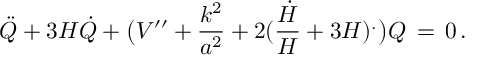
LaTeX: { \ddot { Q } } + 3 H { \dot { Q } } + \bigl ( V ^ { \prime \prime } + { \frac { k ^ { 2 } } { a ^ { 2 } } } + 2 ( { \frac { \dot { H } } { H } } + 3 H ) ^ { . } \bigr ) Q \, = \, 0 \, .